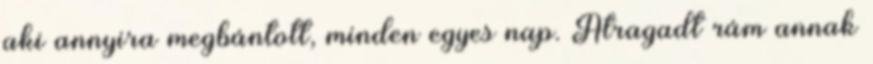
aki annyira megbántott, minden egyes nap. Átragadt rám annak